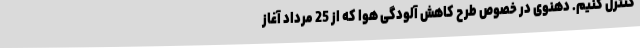
کنترل کنیم. دهنوی در خصوص طرح کاهش آلودگی هوا که از 25 مرداد آغاز